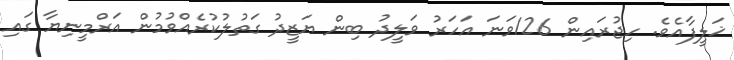
ޚަލީފާއެވެ. ހިޖުރައިން 126ވަނަ އަހަރު ވަލީދު ބިން ޔަޒީދު ގަތުލުކުރެއްވުމުން އަރްމީނިޔާ ގައި